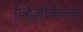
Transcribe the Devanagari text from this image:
व्हिजीकॅल्क